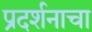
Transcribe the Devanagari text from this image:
प्रदर्शनाचा